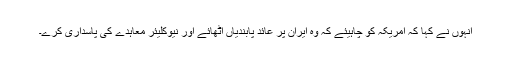
انہوں نے کہا کہ امریکہ کو چاہیئے کہ وہ ایران پر عائد پابندیاں اٹھائے اور نیوکلیئر معاہدے کی پاسداری کرے۔